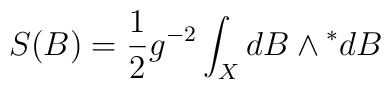
S(B)=\frac{1}{2}g^{-2}\int_{X}{}dB\wedge {}^{*}dB